Civil Veterinary Dept. Bombay admin report 1932-41 - 1932-1941
Year: 1932
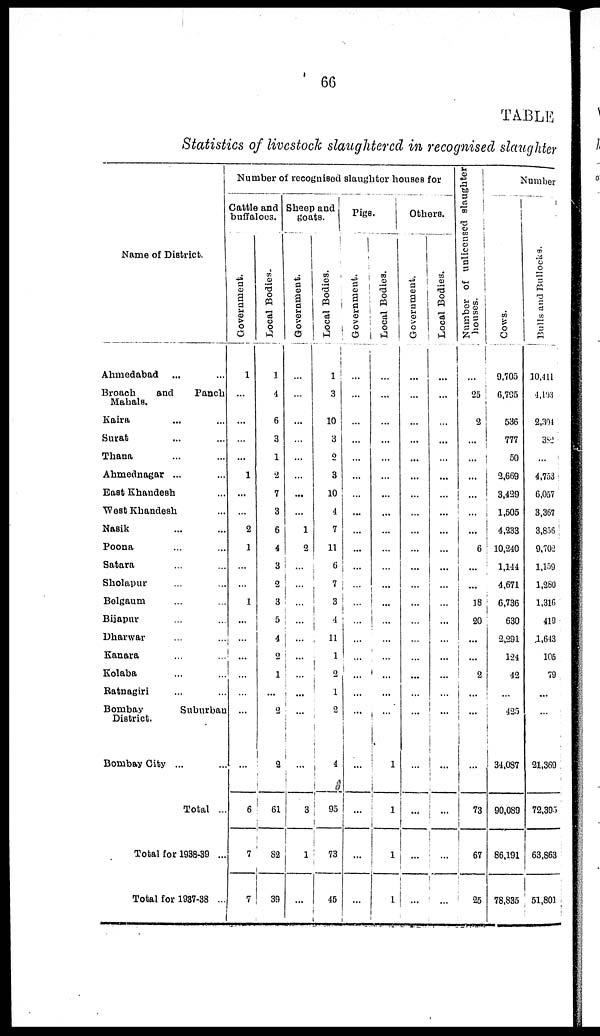
66
TABLE
Statistics of livestock slaughtered in recognised slaughter
Name of District.
Ahmedabad
... ...
Broach
and
Panch
Mahals.
Kaira ... ...
Surat ... ...
Thana ... ...
Ahmednagar ... ...
East Khandesh ...
West Khandesh ...
Nasik ... ...
Poona ... ...
Satara ... ...
Sholapur ... ...
Belgaum ... ...
Bijapur ... ...
Dharwar ... ...
Kanara
Kolaba ... ...
Ratnagiri ... ...
Bombay
Suburban
District.
Bombay City ... ...
Total ...
Total for 1938-39 ...
Total for 1937-38 ..
Number of recognised slaughter houses for
Cattle and
buffaloes.
Government.
1
...
...
...
...
1
...
...
2
1
...
...
1
...
...
...
...
...
...
...
6
7
7
Local Bodies.
1
4
6
3
1
2
7
3
6
4
3
2
3
5
4
2
1
...
2
2
61
82
39
Sheep and
goats.
Government.
...
...
...
...
...
...
...
...
1
2
...
...
...
...
...
...
...
...
...
...
3
1
...
Local Bodies.
1
3
10
3
2
3
10
4
7
11
6
7
3
4
11
1
2
1
2
4
73
45
Pigs
Government.
...
...
...
...
...
...
...
...
...
...
...
...
...
...
...
...
...
...
...
...
...
...
...
Local Bodies.
...
...
...
...
...
...
...
...
...
...
...
...
...
...
...
...
...
...
...
1
1
1
1
Others.
Government.
...
...
...
...
...
...
...
...
...
...
...
...
...
...
...
...
...
...
...
...
...
...
...
Local Bodies.
...
...
...
...
...
...
...
...
...
...
...
...
...
...
...
...
...
...
...
...
...
...
...
Number of unlicensed slaughter
houses.
...
25
2
...
...
...
...
...
...
6
...
...
18
20
...
...
2
...
...
...
73
67
25
Number
Cows .
9,705
6,795
536
777
50
2,669
3,429
1,505
4,233
10,240
1,144
4,671
6,736
630
2,291
124
42
...
425
34,087
90,089
86,191
78,835
Bulls and Bullock
10,411
4,193
2,304
382
...
4,753
6,057
3,367
3,856
9,702
1,159
1,280
1,316
419
1,643
105
79
...
...
21,369
72,395
63,863
51,801